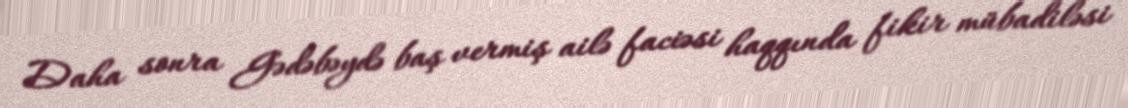
Daha sonra Gədəbəydə baş vermiş ailə faciəsi haqqında fikir mübadiləsi